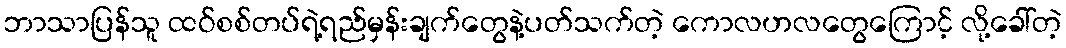
ဘာသာပြန်သူ ထဝ်စစ်တပ်ရဲ့ရည်မှန်းချက်တွေနဲ့ပတ်သက်တဲ့ ကောလဟလတွေကြောင့် လို့ခေါ်တဲ့